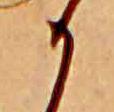
か